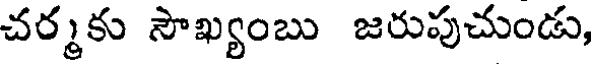
చర్మకు సౌఖ్యంబు జరుపుచుండు,